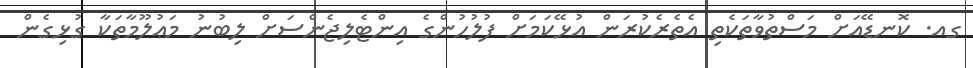
ގއ. ކޮނޑޭއަށް މަސްތުވާތަކެތި އެތެރެކުރަން އުޅޭކަމަށް ފުލުހުންގެ އިންޓެލިޖެންސަށް ލިބުނު މަޢުލޫމާތަކާ ގުޅިގެން